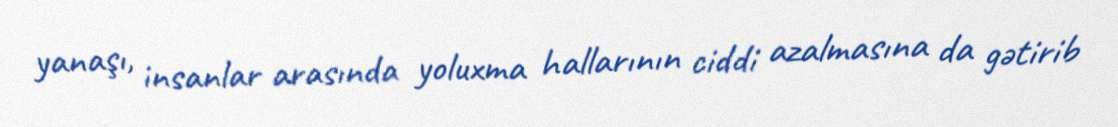
yanaşı, insanlar arasında yoluxma hallarının ciddi azalmasına da gətirib